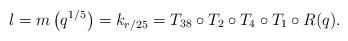
LaTeX: \begin{align*}l=m\left(q^{1/5}\right)=k_{r/25}=T_{38}\circ T_2\circ T_4\circ T_1\circ R(q).\end{align*}